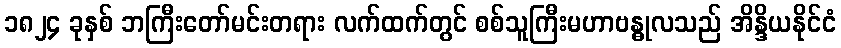
၁၈၂၄ ခုနှစ် ဘကြီးတော်မင်းတရား လက်ထက်တွင် စစ်သူကြီးမဟာဗန္ဓုလသည် အိန္ဒိယနိုင်ငံ